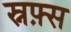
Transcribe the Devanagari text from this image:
स्नफ़्स